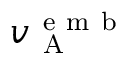
v _ { \mathrm { ~ A ~ } } ^ { \mathrm { ~ e ~ m ~ b ~ } }